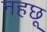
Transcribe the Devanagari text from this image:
नहछू